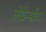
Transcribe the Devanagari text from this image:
लेबेन्स्रौम